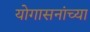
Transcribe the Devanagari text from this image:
योगासनांच्या